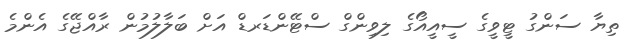
ތިޔާ ސަންގު ޓީވީގެ ސީއީއޯގެ ލިވިންގް ސްޓޭންޑަރޑް އަށް ބަލާލުމުން ރާއްްޖޭގެ އެންމެ